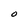
Character: O